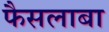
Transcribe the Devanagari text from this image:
फैसलाबा